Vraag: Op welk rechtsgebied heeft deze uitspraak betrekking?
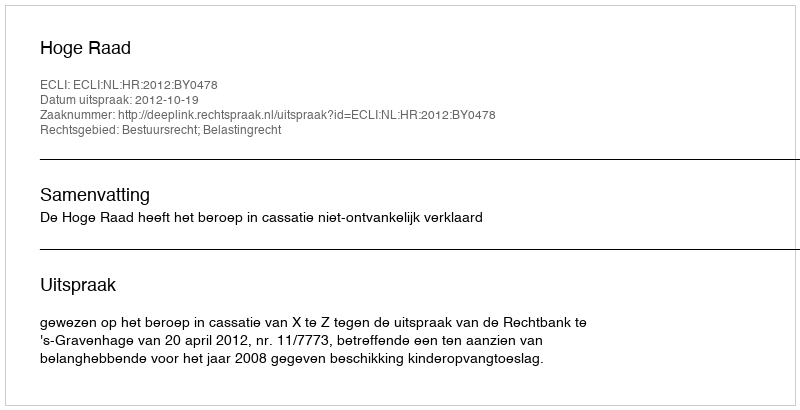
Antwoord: Bestuursrecht; Belastingrecht